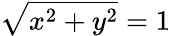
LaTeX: \sqrt{x^{2}+y^{2}}=1